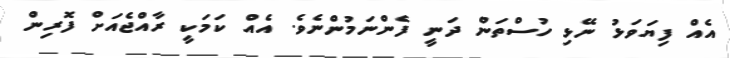
އެއް ފިޔަވަޅު ނޭޅި ހުސްތަން ދަނީ ފެންނަމުންނެވެ. އެއް ކަމަކީ ރާއްޖެއަށް ފޮރިން